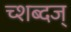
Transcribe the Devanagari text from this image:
च्शब्दज्